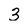
Character: 3